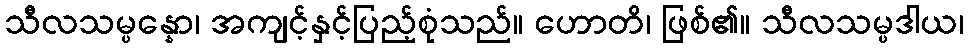
သီလသမ္ပန္နော၊ အကျင့်နှင့်ပြည့်စုံသည်။ ဟောတိ၊ ဖြစ်၏။ သီလသမ္ပဒါယ၊